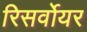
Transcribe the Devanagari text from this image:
रिसर्वोयर